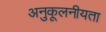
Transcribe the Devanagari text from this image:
अनुकूलनीयता